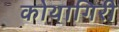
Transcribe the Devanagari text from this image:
कोथागिरी